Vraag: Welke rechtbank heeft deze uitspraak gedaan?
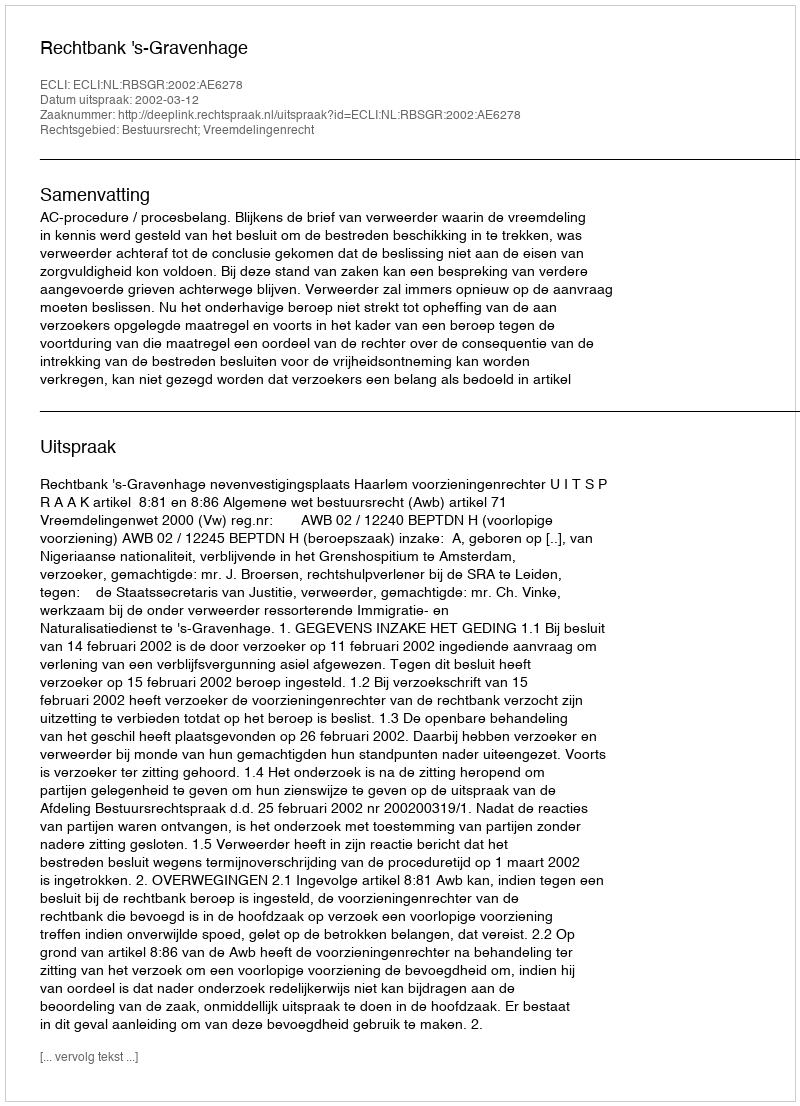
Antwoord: Rechtbank 's-Gravenhage